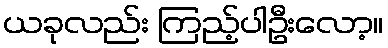
ယခုလည်း ကြည့်ပါဦးလော့။